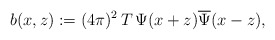
\begin{align*}b(x,z) := (4\pi)^2 \, T \, \Psi(x + z) \overline{\Psi}(x - z),\end{align*}